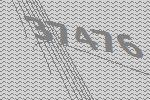
37476